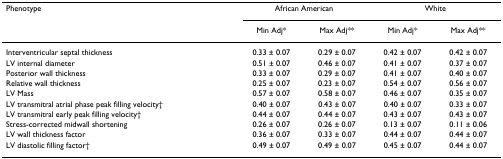
| Phenotype | <COLSPAN=2> African American | <COLSPAN=2> White |
 |  | Min Adj* | Max Adj** | Min Adj* | Max Adj** |
 | --- | --- | --- | --- | --- |
 | Interventricular septal thickness | 0.33 ± 0.07 | 0.29 ± 0.07 | 0.42 ± 0.07 | 0.42 ± 0.07 |
 | LV internal diameter | 0.51 ± 0.07 | 0.46 ± 0.07 | 0.41 ± 0.07 | 0.37 ± 0.07 |
 | Posterior wall thickness | 0.33 ± 0.07 | 0.29 ± 0.07 | 0.41 ± 0.07 | 0.40 ± 0.07 |
 | Relative wall thickness | 0.25 ± 0.07 | 0.23 ± 0.07 | 0.54 ± 0.07 | 0.56 ± 0.07 |
 | LV Mass | 0.57 ± 0.07 | 0.58 ± 0.07 | 0.46 ± 0.07 | 0.35 ± 0.07 |
 | LV transmitral atrial phase peak filling velocity† | 0.40 ± 0.07 | 0.43 ± 0.07 | 0.40 ± 0.07 | 0.33 ± 0.07 |
 | LV transmitral early peak filling velocity† | 0.44 ± 0.07 | 0.44 ± 0.07 | 0.43 ± 0.07 | 0.43 ± 0.07 |
 | Stress-corrected midwall shortening | 0.26 ± 0.07 | 0.26 ± 0.07 | 0.13 ± 0.07 | 0.11 ± 0.06 |
 | LV wall thickness factor | 0.36 ± 0.07 | 0.33 ± 0.07 | 0.44 ± 0.07 | 0.44 ± 0.07 |
 | LV diastolic filling factor† | 0.49 ± 0.07 | 0.49 ± 0.07 | 0.45 ± 0.07 | 0.44 ± 0.07 |